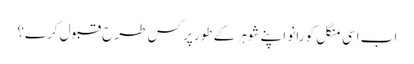
اب اسی منگل کو رانو اپنے شوہر کے طور پر کس طرح قبول کرے؟